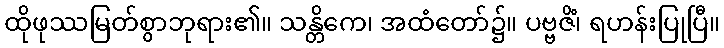
ထိုဖုဿမြတ်စွာဘုရား၏။ သန္တိကေ၊ အထံတော်၌။ ပဗ္ဗဇိံ၊ ရဟန်းပြုပြီ။